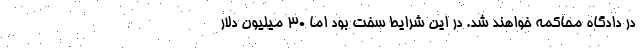
در دادگاه محاکمه خواهند شد. در این شرایط سخت بود اما 30 میلیون دلار